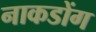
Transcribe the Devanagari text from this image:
नाकडोंग